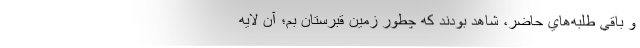
و باقي طلبه‌هاي حاضر، شاهد بودند كه چطور زمين قبرستان بم؛ آن لايه